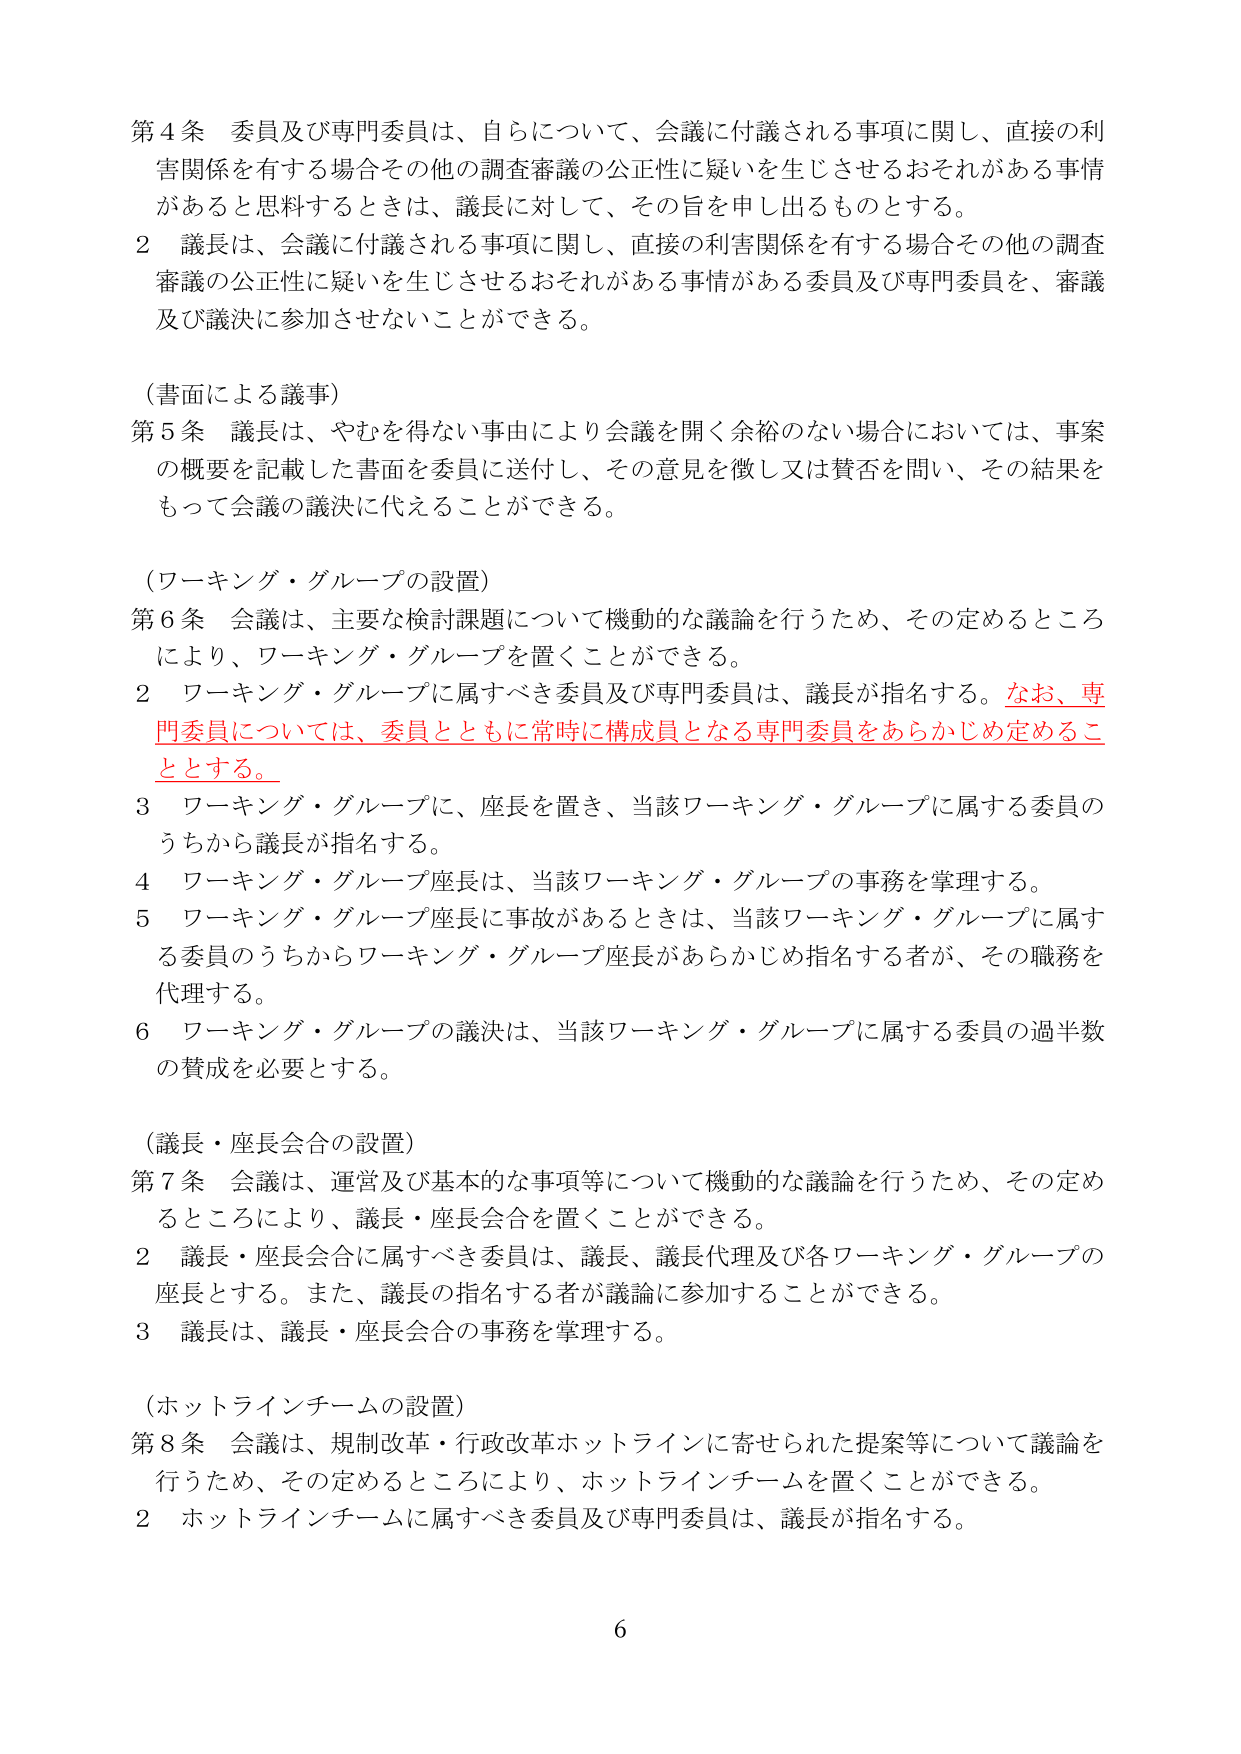
第４条 委員及び専門委員は、自らについて、会議に付議される事項に関し、直接の利害関係を有する場合その他の調査審議の公正性に疑いを生じさせるおそれがある事情があると思料するときは、議長に対して、その旨を申し出るものとする。

２ 議長は、会議に付議される事項に関し、直接の利害関係を有する場合その他の調査審議の公正性に疑いを生じさせるおそれがある事情がある委員及び専門委員を、審議及び議決に参加させないことができる。

（書面による議事）

第５条 議長は、やむを得ない事由により会議を開く余裕のない場合においては、事案の概要を記載した書面を委員に送付し、その意見を徴し又は賛否を問い、その結果をもって会議の議決に代えることができる。

（ワーキング・グループの設置）

第６条 会議は、主要な検討課題について機動的な議論を行うため、その定めるところにより、ワーキング・グループを置くことができる。

２ ワーキング・グループに属すべき委員及び専門委員は、議長が指名する。なお、専門委員については、委員とともに常時に構成員となる専門委員をあらかじめ定めることとする。

３ ワーキング・グループに、座長を置き、当該ワーキング・グループに属する委員のうちから議長が指名する。

４ ワーキング・グループ座長は、当該ワーキング・グループの事務を掌理する。

５ ワーキング・グループ座長に事故があるときは、当該ワーキング・グループに属する委員のうちからワーキング・グループ座長があらかじめ指名する者が、その職務を代理する。

６ ワーキング・グループの議決は、当該ワーキング・グループに属する委員の過半数の賛成を必要とする。

（議長・座長会合の設置）

第７条 会議は、運営及び基本的な事項等について機動的な議論を行うため、その定めるところにより、議長・座長会合を置くことができる。

２ 議長・座長会合に属すべき委員は、議長、議長代理及び各ワーキング・グループの座長とする。また、議長の指名する者が議論に参加することができる。

３ 議長は、議長・座長会合の事務を掌理する。

（ホットラインチームの設置）

第８条 会議は、規制改革・行政改革ホットラインに寄せられた提案等について議論を行うため、その定めるところにより、ホットラインチームを置くことができる。

２ ホットラインチームに属すべき委員及び専門委員は、議長が指名する。

6